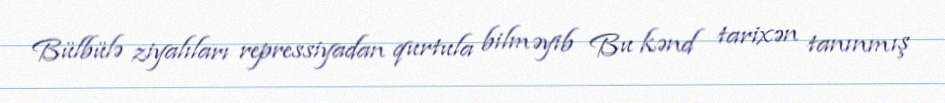
Bülbülə ziyalıları repressiyadan qurtula bilməyib Bu kənd tarixən tanınmış